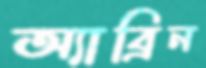
অ্যাব্রিন